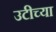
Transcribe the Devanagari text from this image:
उटीच्या